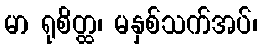
မာ ရုစိတ္ထ၊ မနှစ်သက်အပ်၊